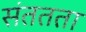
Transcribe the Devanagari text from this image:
संततता